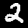
Label: 2